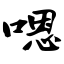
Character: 嗯